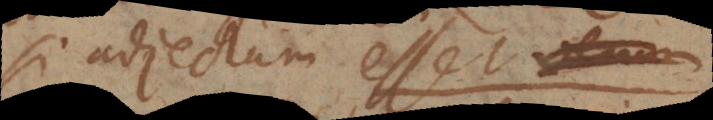
si adjectum esset το